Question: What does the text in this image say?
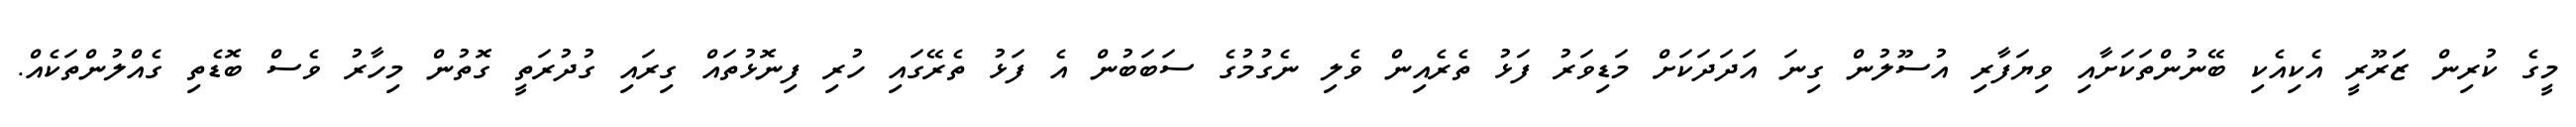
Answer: މީގެ ކުރިން ޒަަރޫރީ އެކިއެކި ބޭނުންތަކަށާއި ވިޔަފާރި އުސޫލުން ގިނަ އަދަދަކަށް މަޑިވަރު ފަޅު ތެރެއިން ވެލި ނެގުމުގެ ސަބަބުން އެ ފަޅު ތެރޭގައި ހުރި ފިނޮޅުތައް ގިރައި ގުދުރަތީ ގޮތުން މިހާރު ވެސް ބޮޑެތި ގެއްލުންތަކެއް.